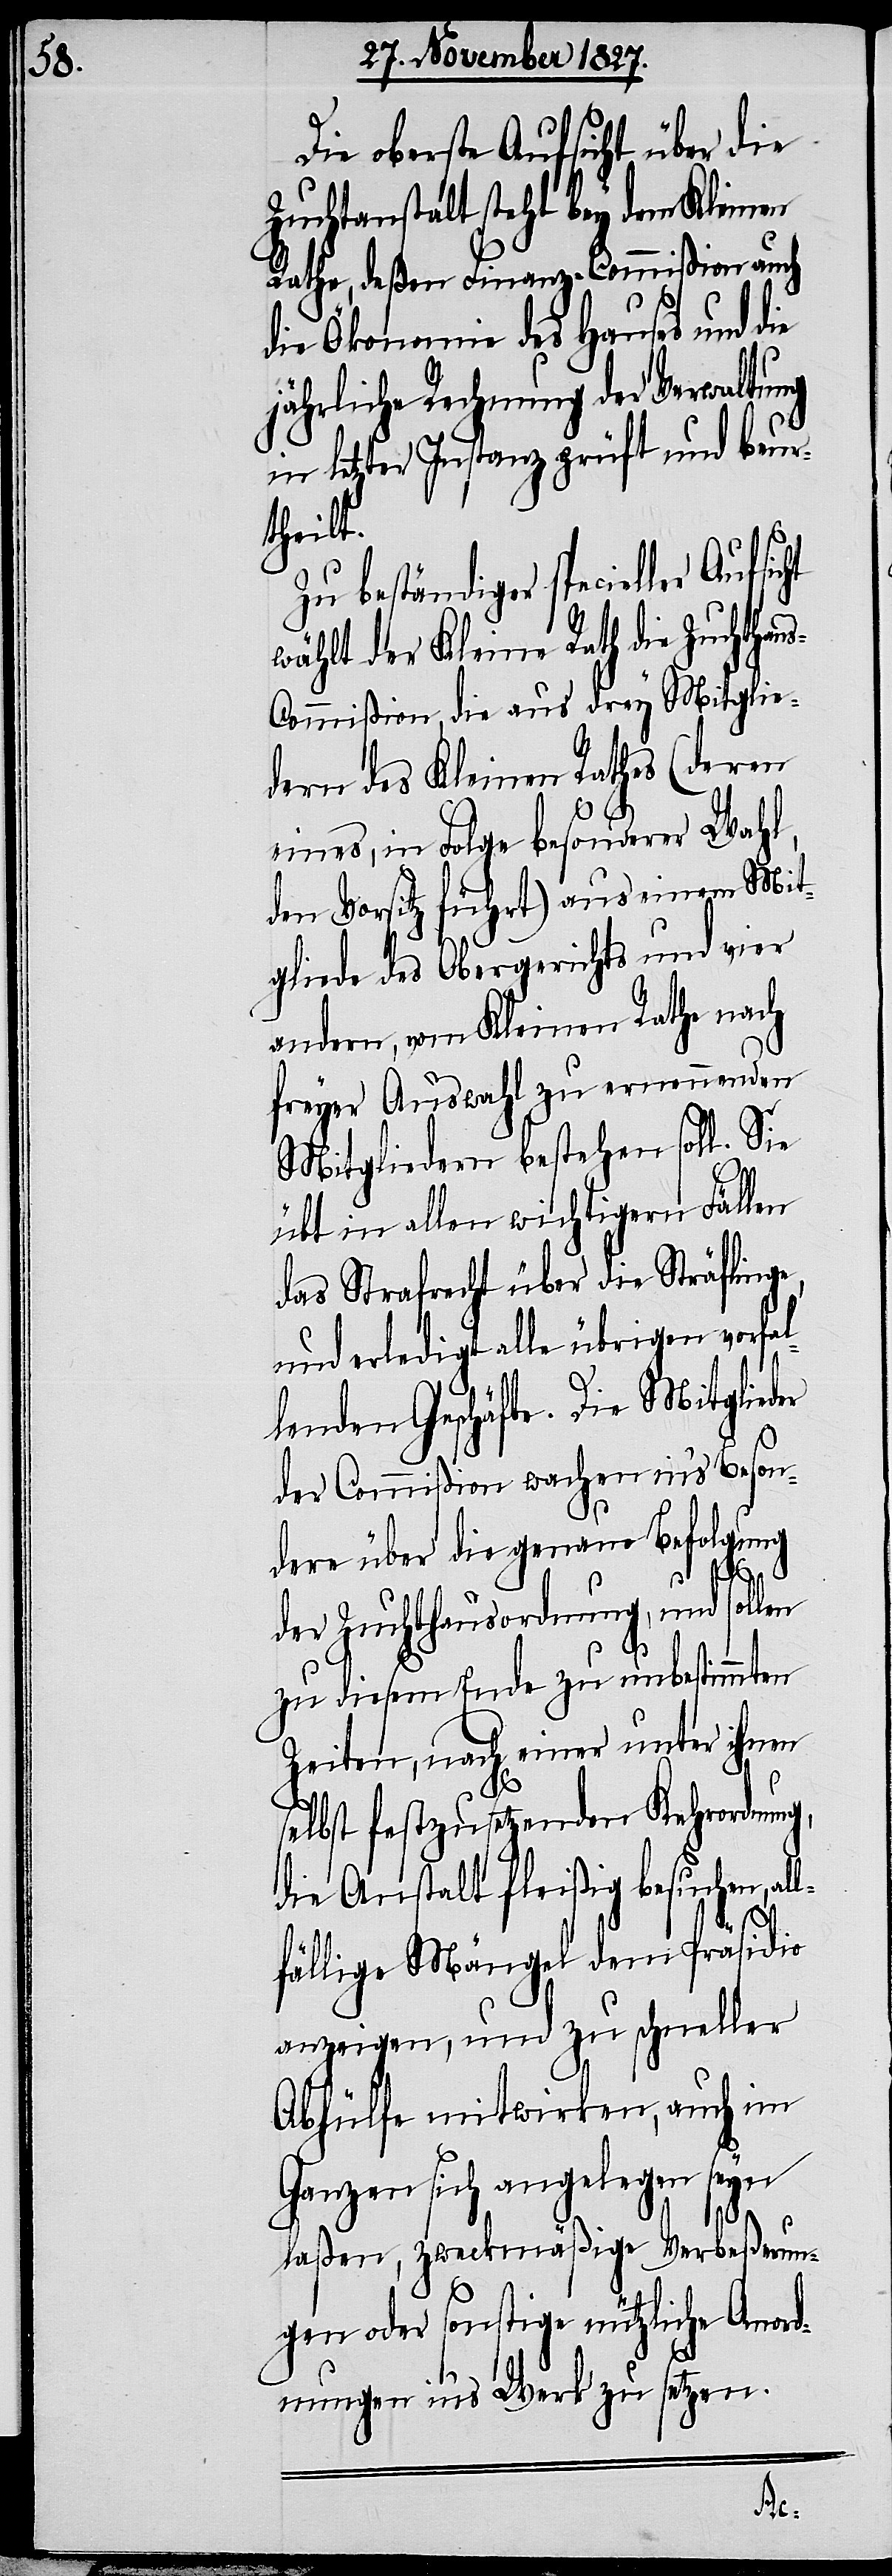
Die oberste Aufsicht über die
Zuchtanstalt steht bey dem Kleinen
Rathe, deßen Finanz-Commißion auch
die Ökonomie des Hauses und die
jährliche Rechnung der Verwaltung
in letzter Instanz prüft und beur¬
theilt.
Zu beständiger specieller Aufsic¬
wählt der Kleine Rath die Zuchthau¬
s-Commißion, die aus drey Mitglie¬
dern des Kleinen Rathes (deren
eines, in Folge besonderer Wahl,
den Vorsitz führt) aus einem Mit¬
gliede des Obergerichts und vier
andern, vom Kleinen Rathe nach
freyer Auswahl zu ernennenden
Mitgliedern bestehen soll. Sie
übt in allen wichtigen Fällen
das Strafrecht über die Sträflinge,
und erledigt alle übrigen verfal¬
lenden Geschäfte. Die Mitglieder
der Commißion wachen in’s Beson¬
dere über die genaue Befolgung
der Zuchthausordnung, und sollen
zu diesem Ende zu unbestimmten
Zeiten, nach einer unter ihnen
selbst festzusetzenden Kehrordnung,
die Anstalt fleißig besuchen, al¬
lfällige Mängel dem Präsidio
anzeigen, und zu schneller
Abhülfe mitwirken, auch im
Ganzen sich angelegen seyn
ht
laßen, zweckmäßige Verbeßerun¬
gen oder sonstige nützliche Anor¬
dnungen in’s Werk zu setzen.